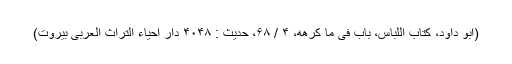
(ابو داود، کتاب اللباس، باب فی ما کرھه، ۴ / ۶۸، حدیث : ۴۰۴۸ دار احیاء التراث العربی بیروت)